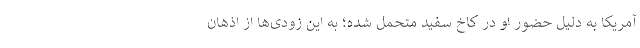
آمریکا به دلیل حضور او در کاخ سفید متحمل شده؛ به این زودی‌ها از اذهان